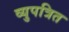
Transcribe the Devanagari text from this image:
व्युपत्रित